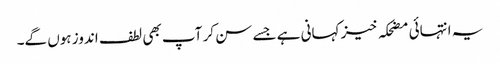
یہ انتہائی مضحکہ خیز کہانی ہے جسے سن کر آپ بھی لطف اندوز ہوں گے۔